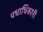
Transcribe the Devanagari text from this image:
पधाधिकारी